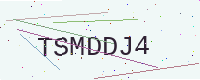
Text: TSMDDJ4